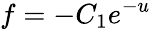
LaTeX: f=-C_{1}e^{-u}